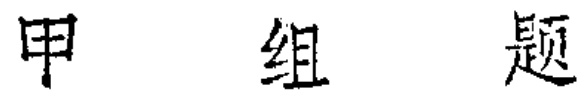
甲组题